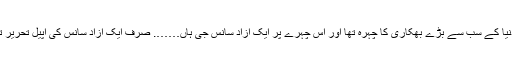
وہ دنیا کے سب سے بڑے بھکاری کا چہرہ تھا اور اس چہرے پر ایک آزاد سانس جی ہاں……. صرف ایک آزاد سانس کی اپیل تحریر تھی۔